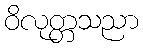
ဝိလုတ္တသညာ